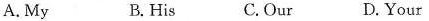
A. My B. His C. Our D. Your